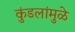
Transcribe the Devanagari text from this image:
कुंडलांमुळे